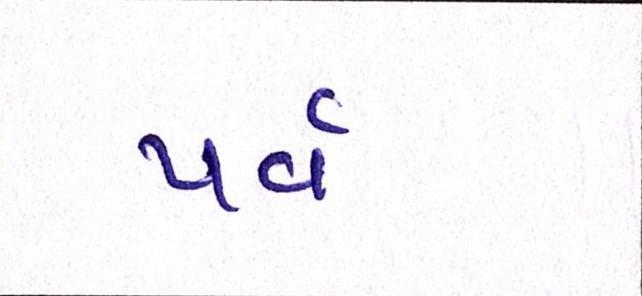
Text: પર્વ